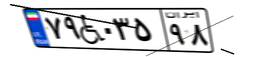
۲۹W۲۹۲۱۲